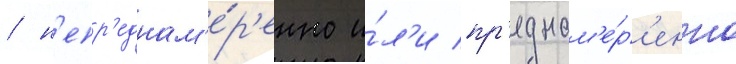
/ н'епр'еднам'е́р'енно и́л'и пр'еднам'е́р'енно